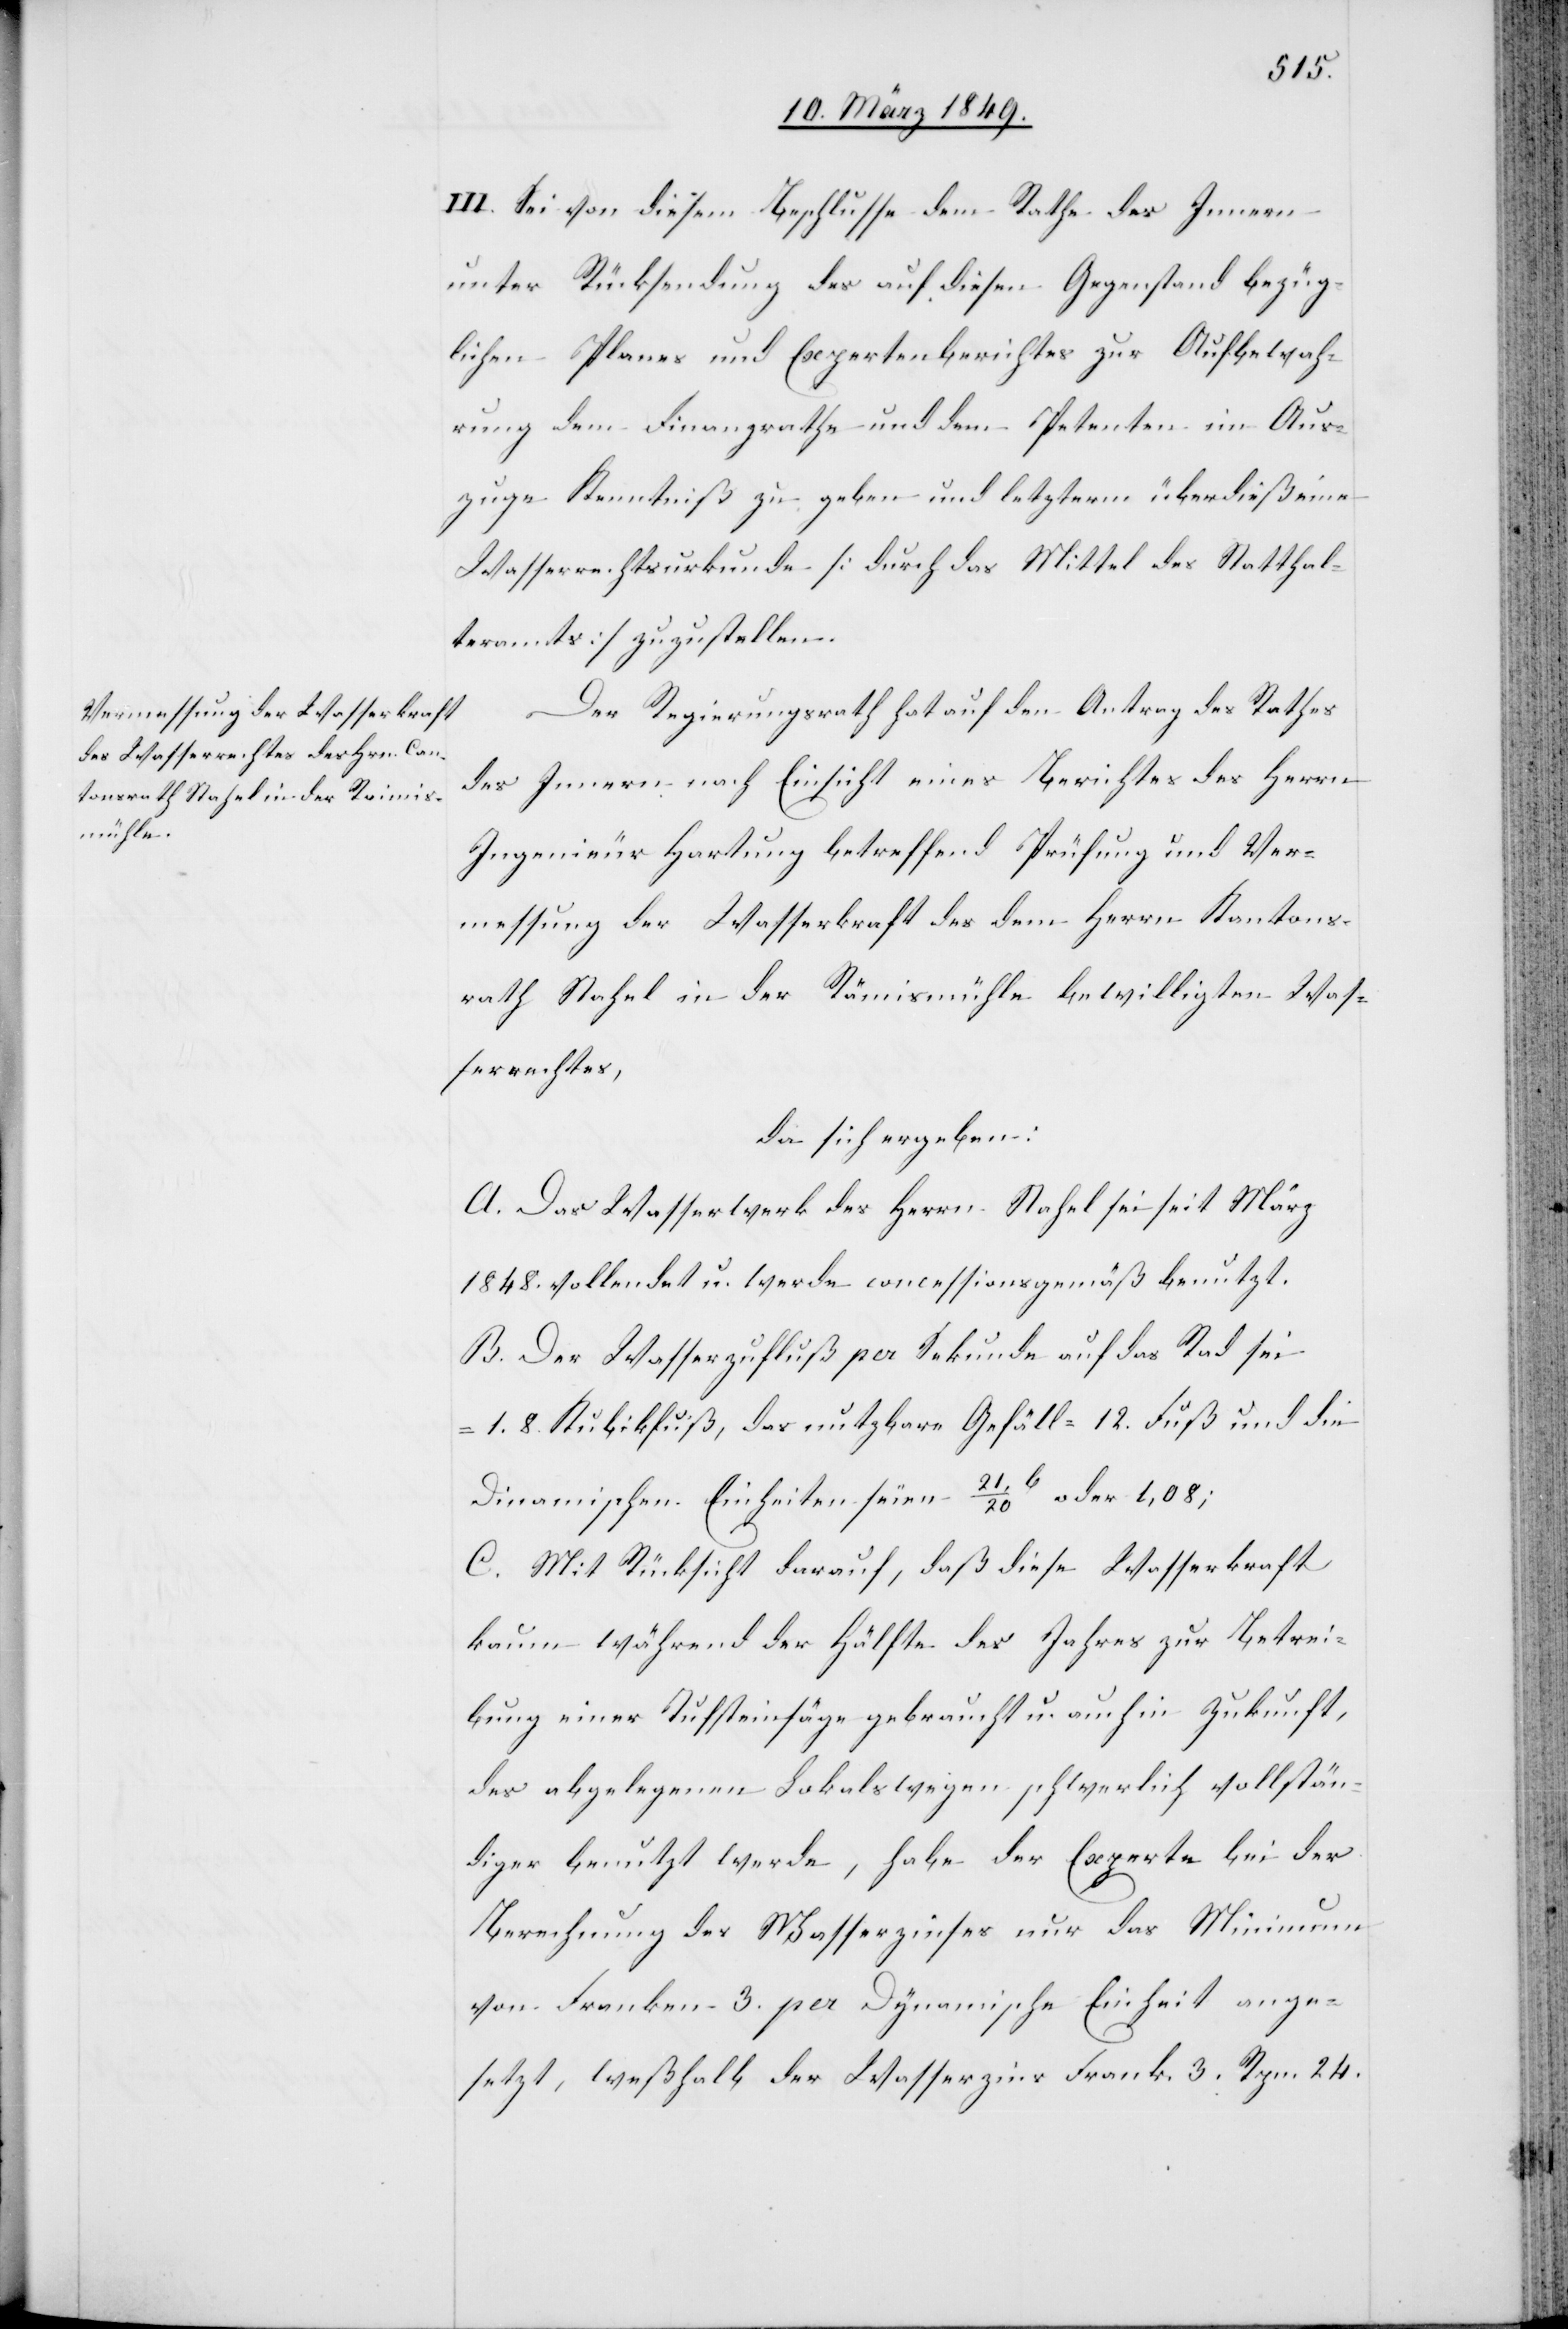
III. Sei von diesem Beschlusse dem Rathe des Innern
unter Rücksendung des auf diesen Gegenstand bezüg¬
lichen Planes und Expertenberichtes zur Aufbewah¬
rung dem Finanzrathe und dem Petenten im Aus¬
zuge Kenntniß zu geben und letzterm überdieß eine
Wasserrechtsurkunde [durch das Mittel des Statthal¬
teramts] zuzustellen.
Der Regierungsrath hat auf den Antrag des Rathes
des Innern nach Einsicht eines Berichtes des Herrn
Ingenieur Hartung betreffend Prüfung und Ver¬
messung der Wasserkraft des dem Herrn Kantons¬
rath Stahel in der Rämismühle bewilligten Was¬
serrechtes,
da sich ergeben:
A. Das Wasserwerk des Herrn Stahel sei seit März
1848. vollendet u. werde concessionsgemäß benutzt.
B. Der Wasserzufluss per Sekunde auf das Rad sei
1. 8. Kubikfuß, das nutzbare Gefäll = 12. Fuß und die
Dinamischen Einheiten seien 21/20. b oder 1,08;
C. Mit Rücksicht darauf, daß diese Wasserkraft
kaum während der Hälfte des Jahres zur Betrei¬
bung einer Tufsteinsäge gebraucht u. auch in Zukunft,
des abgelegenen Lokals wegen schwerlich vollstän¬
dig benutzt werde, habe der Experte bei der
Berechnung des Wasserzinses nur das Minimum
von Franken 3. per Dynamische Einheit ange¬
setzt, weßhalb der Wasserzins Frank. 3. Rpn. 24.